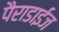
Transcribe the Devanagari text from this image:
पैराडाईज